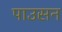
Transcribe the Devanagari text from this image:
पाउसन